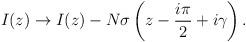
LaTeX: \begin{align*}I(z) \rightarrow I(z) - N \sigma\left(z-\frac{i\pi}{2}+i\gamma\right).\end{align*}